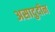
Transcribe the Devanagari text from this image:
असादुदीन